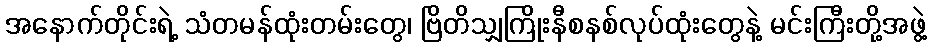
အနောက်တိုင်းရဲ့ သံတမန်ထုံးတမ်းတွေ၊ ဗြိတိသျှကြိုးနီစနစ်လုပ်ထုံးတွေနဲ့ မင်းကြီးတို့အဖွဲ့